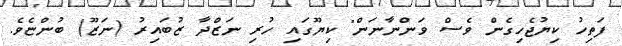
ފަތިހު ކިޔުޖެހިގެން ވެސް ވަންނާނަން" ކިޔޫގައި ހުރި ނަޒްދާ ޒުބައިރު (ނަޒޫ) ބުންޏެވެ.